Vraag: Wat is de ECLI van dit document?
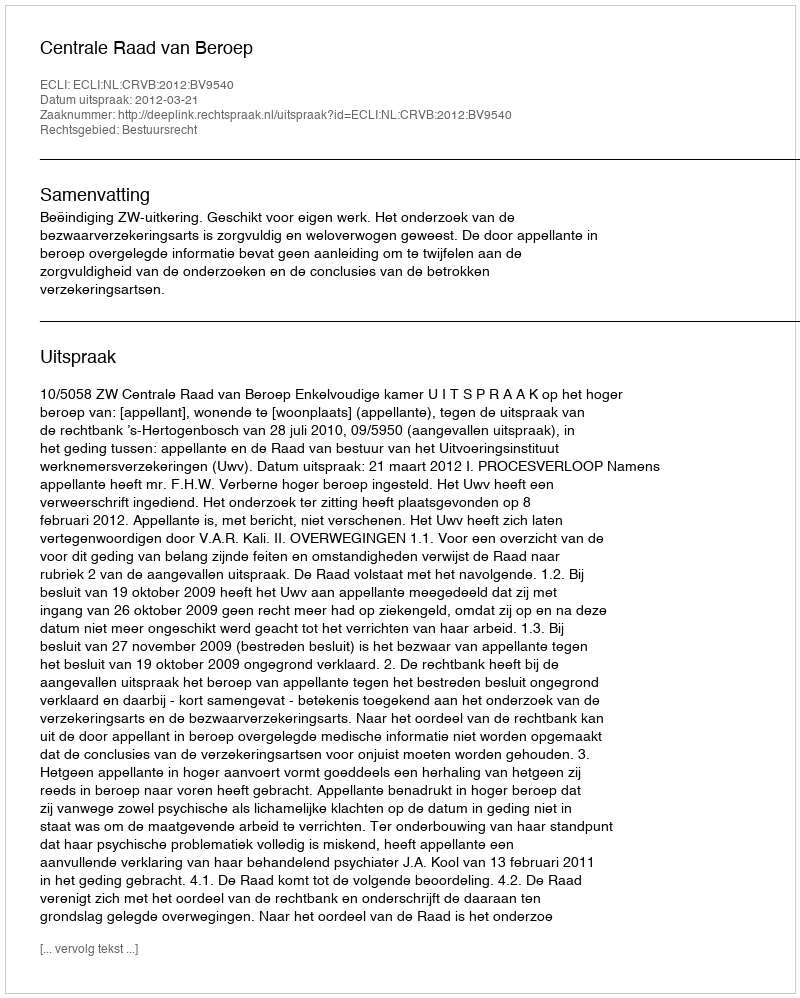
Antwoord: ECLI:NL:CRVB:2012:BV9540